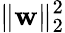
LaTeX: \| \boldsymbol{\mathbf{w}}\| _{2}^{2}